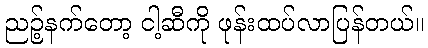
ညဉ့်နက်တော့ ငါ့ဆီကို ဖုန်းထပ်လာပြန်တယ်။